Indian journal of veterinary science and animal husbandry - Volume 9,
Year: 1939
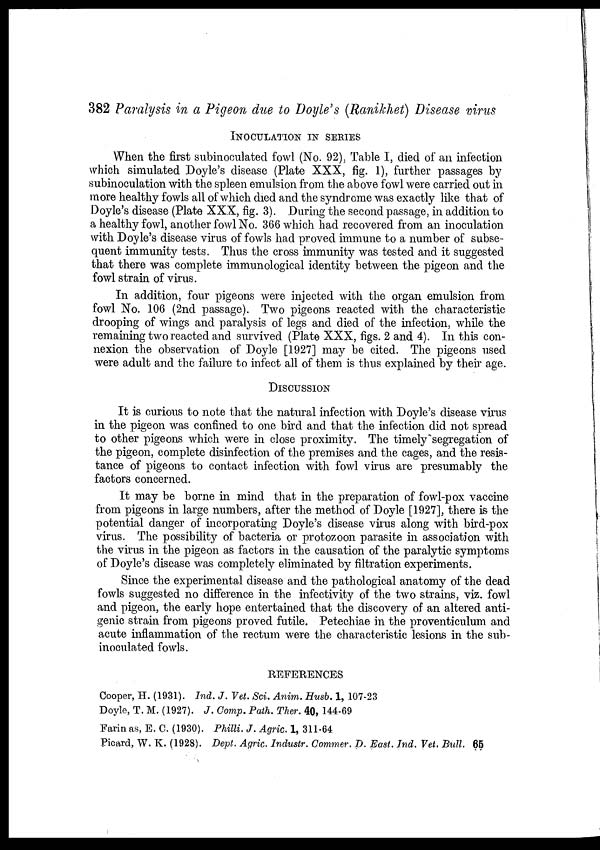
382 Paralysis in a Pigeon due to Doyle's (Ranikhet) Disease virus
INOCULATION IN SERIES
When the first subinoculated fowl (No. 92), Table I, died of an infection
which simulated Doyle's disease (Plate XXX, fig. 1), further passages by
subinoculation with the spleen emulsion from the above fowl were carried out in
more healthy fowls all of which died and the syndrome was exactly like that of
Doyle's disease (Plate XXX, fig. 3). During the second passage, in addition to
a healthy fowl, another fowl No. 366 which had recovered from an inoculation
with Doyle's disease virus of fowls had proved immune to a number of subse-
quent immunity tests. Thus the cross immunity was tested and it suggested
that there was complete immunological identity between the pigeon and the
fowl strain of virus.
In addition, four pigeons were injected with the organ emulsion from
fowl No. 106 (2nd passage). Two pigeons reacted with the characteristic
drooping of wings and paralysis of legs and died of the infection, while the
remaining two reacted and survived (Plate XXX, figs. 2 and 4). In this con-
nexion the observation of Doyle [1927] may be cited. The pigeons used
were adult and the failure to infect all of them is thus explained by their age.
DISCUSSION
It is curious to note that the natural infection with Doyle's disease virus
in the pigeon was confined to one bird and that the infection did not spread
to other pigeons which were in close proximity. The timely "segregation of
the pigeon, complete disinfection of the premises and the cages, and the resis-
tance of pigeons to contact infection with fowl virus are presumably the
factors concerned.
It may be borne in mind that in the preparation of fowl-pox vaccine
from pigeons in large numbers, after the method of Doyle [1927], there is the
potential danger of incorporating Doyle's disease virus along with bird-pox
virus. The possibility of bacteria or protozoon parasite in association with
the virus in the pigeon as factors in the causation of the paralytic symptoms
of Doyle's disease was completely eliminated by filtration experiments.
Since the experimental disease and the pathological anatomy of the dead
fowls suggested no difference in the infectivity of the two strains, viz. fowl
and pigeon, the early hope entertained that the discovery of an altered anti-
genic strain from pigeons proved futile. Petechiae in the proventiculum and
acute inflammation of the rectum were the characteristic lesions in the sub-
inoculated fowls.
REFERENCES
Cooper, H. (1931). Ind. J. Vet. Sci. Anim. Husb. 1, 107-23
Doyle, T. M. (1927). J. Comp. Path. Ther. 40, 144-69
Farin as, E. C. (1930). Philli. J. Agric. 1, 311-64
Picard, W. K. (1928). Dept. Agric. Industr. Commer. D. East. Ind. Vet. Bull. 65